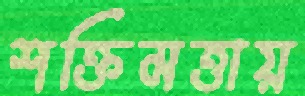
শক্তিমত্তায়